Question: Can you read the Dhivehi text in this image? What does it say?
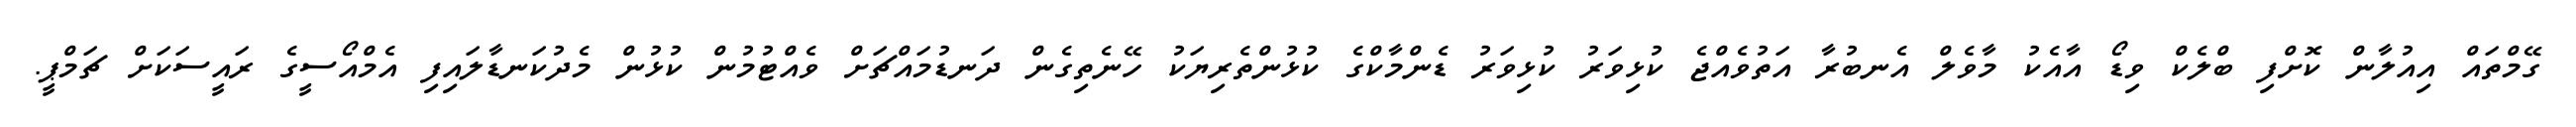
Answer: ގޭމްތައް އިއުލާން ކޮށްފި ބްލެކް ވިޑޯ އާއެކު މާވެލް އެނބުރާ އަތުވެއްޖެ ކުޅިވަރު ކުޅިވަރު ޑެންމާކްގެ ކުޅުންތެރިޔަކު ހޭނެތިގެން ދަނޑުމައްޗަށް ވެއްޓުމުން ކުޅުން މެދުކަނޑާލައިފި އެމްއޯސީގެ ރައީސަކަށް ޗަމްޕީ.